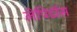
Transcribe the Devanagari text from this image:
लेपिडॉस